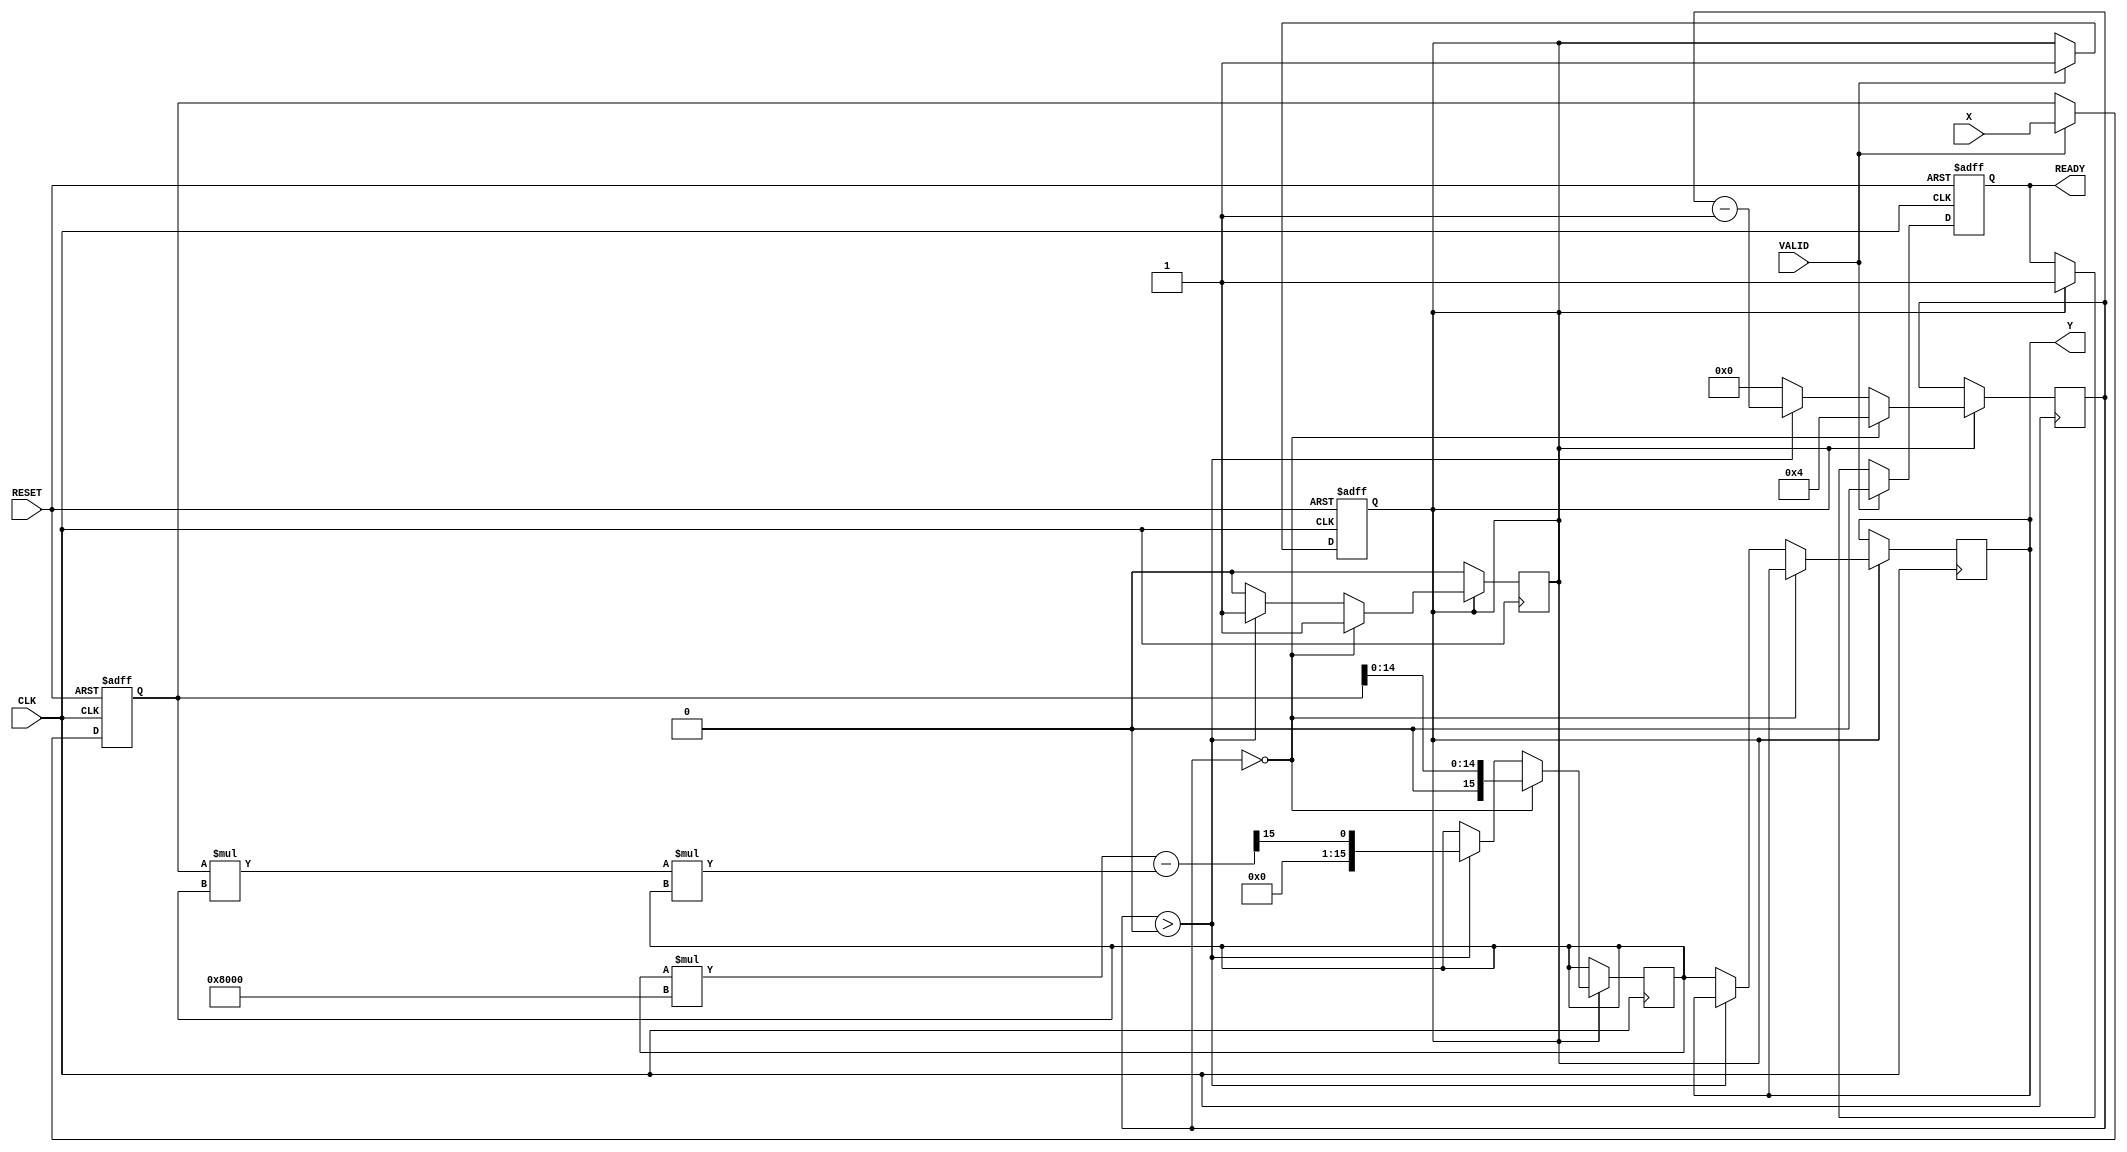
module DirectReciprocalUnit #(
    parameter WIDTH = 16,        // Width of input and output
    parameter ITERATIONS = 4     // Number of iterations for Newton-Raphson
)(
    input  wire [WIDTH-1:0] X,   // Input data
    input  wire VALID,             // Valid signal
    input  wire CLK,               // Clock signal
    input  wire RESET,             // Asynchronous reset
    output reg  [WIDTH-1:0] Y,     // Output data
    output reg  READY              // Ready signal
);

    reg [WIDTH-1:0] x_reg;         // Registered input value
    reg [WIDTH-1:0] r;             // Current reciprocal estimate
    reg [3:0] count;               // Iteration counter
    reg valid_reg;                 // Registered valid signal

    // Asynchronous reset and input register
    always @(posedge CLK or posedge RESET) begin
        if (RESET) begin
            x_reg <= 0;
            valid_reg <= 0;
            READY <= 0;
        end else begin
            if (VALID) begin
                x_reg <= X;
                valid_reg <= 1;
                READY <= 0; // Reset ready signal on new input
            end else if (valid_reg) begin
                READY <= 1;  // Set ready if previous input was valid
            end
        end
    end

    // Computation logic using Newton-Raphson method
    always @(posedge CLK) begin
        if (valid_reg) begin
            if (count == 0) begin
                // Initial estimate: r = 1 / X
                r <= {1'b0, x_reg[WIDTH-2:0]}; // Initial guess (1/X)
                count <= ITERATIONS;           // Start iterations
            end else if (count > 0) begin
                // Newton-Raphson iteration: r = r * (2 - X * r)
                r <= r * ({1'b0, 1'b1} << (WIDTH-1)) - (x_reg * r * r) >> (WIDTH-1);
                count <= count - 1;           // Decrement iteration counter
            end else begin
                Y <= r;                        // Final reciprocal result
                valid_reg <= 0;               // Clear valid signal
                count <= 0;                   // Reset count
            end
        end
    end

endmodule